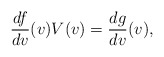
\begin{align*} \frac{df}{dv}(v)V(v)=\frac{dg}{dv}(v),\end{align*}